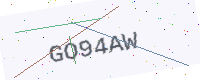
Text: GO94AW